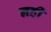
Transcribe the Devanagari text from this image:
नहीं